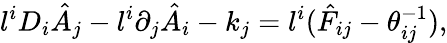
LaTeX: l^{i}D_{i}\hat{A}_{j}-l^{i}\partial_{j}\hat{A}_{i}-k_{j}=l^{i}(\hat{F}_{ij}-\theta_{ij}^{-1}),